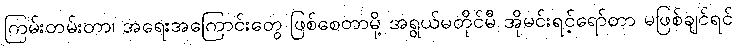
ကြမ်းတမ်းတာ၊ အရေးအကြောင်းတွေ ဖြစ်စေတာမို့ အရွယ်မတိုင်မီ အိုမင်းရင့်ရော်တာ မဖြစ်ချင်ရင်